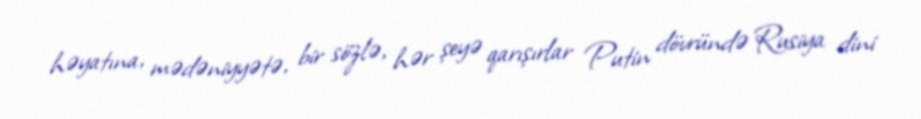
həyatına, mədəniyyətə, bir sözlə, hər şeyə qarışırlar Putin dövründə Rusiya dini